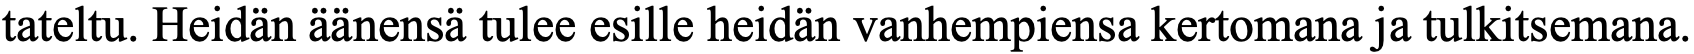
tateltu. Heidän äänensä tulee esille heidän vanhempiensa kertomana ja tulkitsemana.